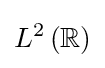
L^{2}\left(\mathbb {R} \right)